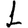
Digit: 1